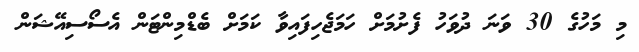
މި މަހުގެ 30 ވަނަ ދުވަހު ފެށުމަށް ހަމަޖެހިފައިވާ ކަމަށް ބެޑްމިންޓަން އެސޯސިއޭޝަން